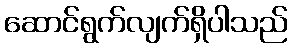
ဆောင်ရွက်လျက်ရှိပါသည်